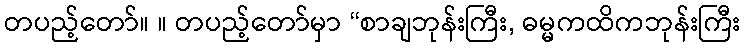
တပည့်တော်။ ။ တပည့်တော်မှာ “စာချဘုန်းကြီး, ဓမ္မကထိကဘုန်းကြီး